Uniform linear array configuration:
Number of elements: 64
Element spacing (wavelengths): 1
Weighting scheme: hann
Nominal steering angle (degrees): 0
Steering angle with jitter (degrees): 0.1116
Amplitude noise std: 0.05
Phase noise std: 0.05

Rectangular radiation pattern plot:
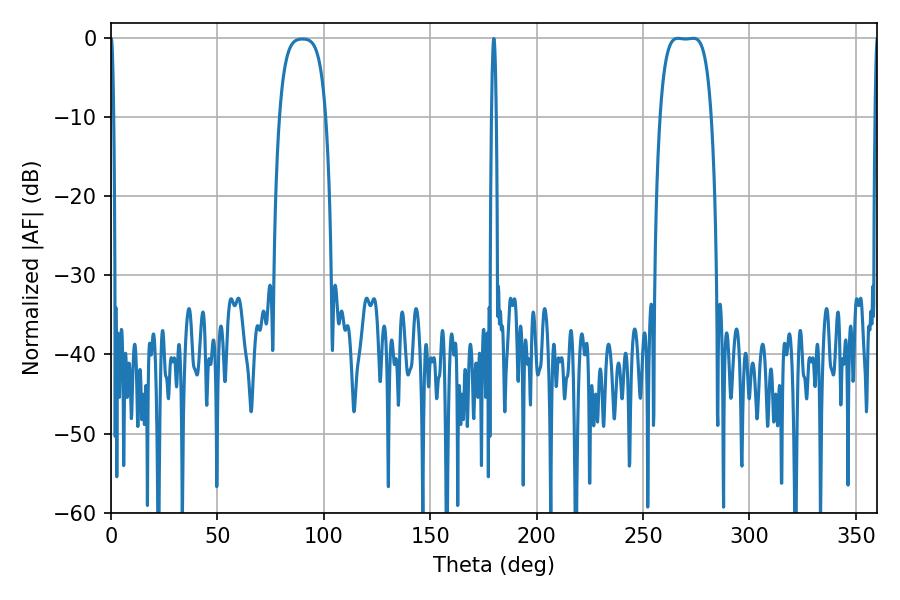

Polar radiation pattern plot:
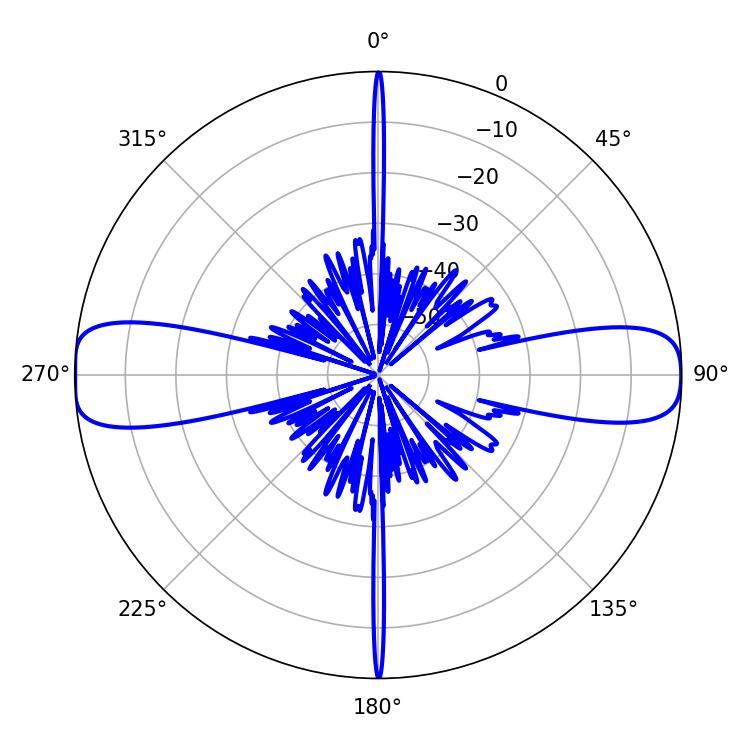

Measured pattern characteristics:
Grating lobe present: TRUE
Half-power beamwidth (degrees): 18.72
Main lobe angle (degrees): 266.4